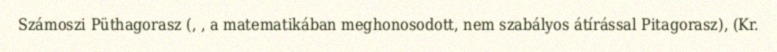
Számoszi Püthagorasz (, , a matematikában meghonosodott, nem szabályos átírással Pitagorasz), (Kr.